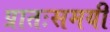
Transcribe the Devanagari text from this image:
प्रातःसमयी